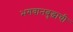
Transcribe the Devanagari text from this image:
भगवानबुद्धाची